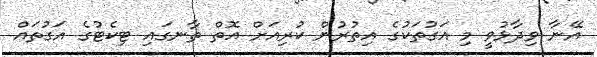
އޭނާ ވިދާޅުވީ މި އަގުތަކުގެ އިތުރުން ކުރިއަށް އޮތް ތާނގައި ޓިކެޓުގެ އަގުތައް